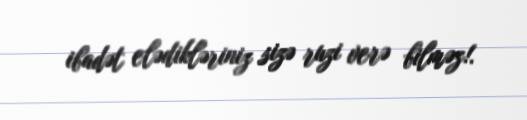
ibadət elədikləriniz sizə ruzi verə bilməz!.